Document type: Fief grant
Year: 1411
Scribe: Arnau de Lledó
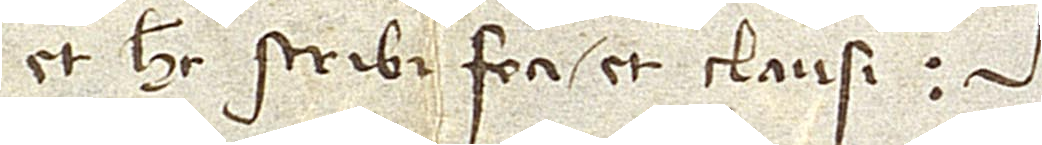
et hec scribi feci et clausi.